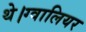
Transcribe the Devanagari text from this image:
थे।ग्वालियर